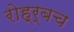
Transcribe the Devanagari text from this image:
रोह्र्बच